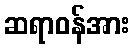
ဆရာဝန်အား